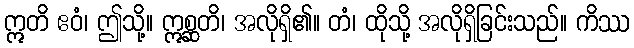
ဣတိ ဧဝံ၊ ဤသို့။ ဣစ္ဆတိ၊ အလိုရှိ၏။ တံ၊ ထိုသို့ အလိုရှိခြင်းသည်။ ကိဿ